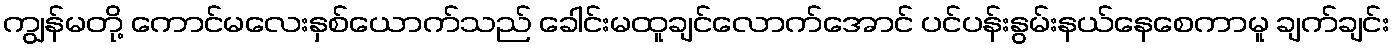
ကျွန်မတို့ ကောင်မလေးနှစ်ယောက်သည် ခေါင်းမထူချင်လောက်အောင် ပင်ပန်းနွမ်းနယ်နေစေကာမူ ချက်ချင်း